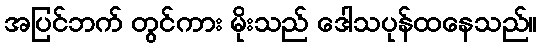
အပြင်ဘက် တွင်ကား မိုးသည် ဒေါသပုန်ထနေသည်။